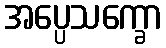
အပ္ပေသက္ခော